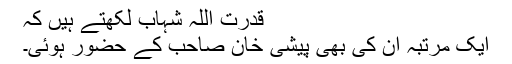
قدرت اللہ شہاب لکھتے ہیں کہ
ایک مرتبہ ان کی بھی پیشی خان صاحب کے حضور ہوئی۔